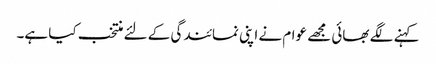
کہنے لگے بھائی مجھے عوام نے اپنی نمائندگی کے لئے منتخب کیا ہے۔